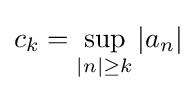
c_{k}=\sup _{|n|\geq k}|a_{n}|